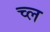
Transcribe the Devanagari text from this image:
च्ल